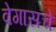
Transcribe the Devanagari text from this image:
वेगासचे